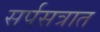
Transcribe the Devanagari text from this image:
सर्पसत्रात